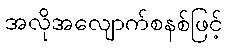
အလိုအလျောက်စနစ်ဖြင့်